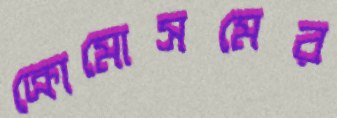
ক্রোমোসমের